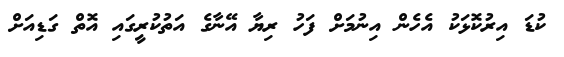
ކުޑަ އިރުކޮޅަކު އެހެން އިނުމަށް ފަހު ރިޔާ އޭނާގެ އަތުކުރީގައި އޮތް ގަޑިއަށް